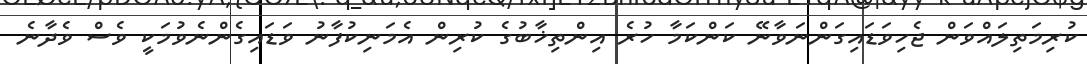
ކުރިމަތިލައްވަން ޖެހިވަޑައިގަންނަވާނޭ ކަންކަމާ ހުރެ އިންތިޚާބުގެ ކުރިން އެމަނިކުފާނު ވަޑައިގެންނެވުމަކީ ވެސް ވެދާނެ